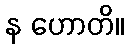
န ဟောတိ။